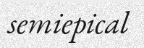
semiepical